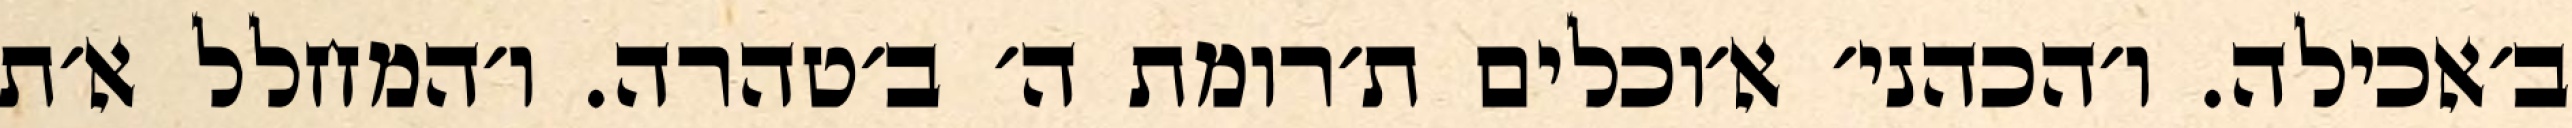
ב׳אכילה. ו׳הכהני׳ א׳וכלים ת׳רומת ה׳ ב׳טהרה. ו׳המחלל א׳ת